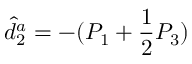
\hat { d } _ { 2 } ^ { a } = - ( P _ { 1 } + \frac { 1 } { 2 } P _ { 3 } )